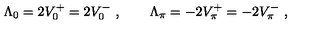
\Lambda _ { 0 } = 2 V _ { 0 } ^ { + } = 2 V _ { 0 } ^ { - } \ , \qquad \Lambda _ { \pi } = - 2 V _ { \pi } ^ { + } = - 2 V _ { \pi } ^ { - } \ ,